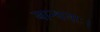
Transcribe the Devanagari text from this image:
बान्धवाः।